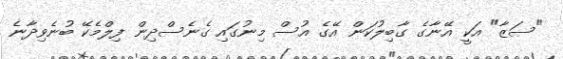
"ސަޒާ" އަކީ އޭނާގެ ގާބިލުކަން އޭގެ އުސް މިނުގައި ގެނެސްދިން ފިލްމެކޭ ބުނެވިދާނެ